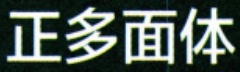
正多面体